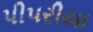
પીપરીયા